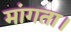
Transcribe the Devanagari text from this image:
मांगता।